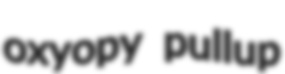
oxyopy pullup